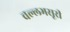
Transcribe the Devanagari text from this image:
वल्लभसूरी